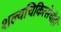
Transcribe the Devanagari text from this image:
शल्यचिकित्सेचीही